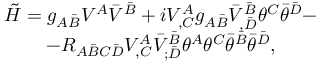
\begin{array} { c } { { { \tilde { \cal H } } = g _ { A \bar { B } } V ^ { A } { \bar { V } } ^ { \bar { B } } + i V _ { , C } ^ { A } g _ { A \bar { B } } { \bar { V } } _ { , \bar { D } } ^ { \bar { B } } \theta ^ { C } { \bar { \theta } } ^ { \bar { D } } - } } \\ { { - R _ { A { \bar { B } } C { \bar { D } } } V _ { , C } ^ { A } { \bar { V } } _ { ; \bar { D } } ^ { \bar { B } } \theta ^ { A } \theta ^ { C } { \bar { \theta } } ^ { \bar { B } } { \bar { \theta } } ^ { \bar { D } } , } } \end{array}